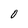
Character: O